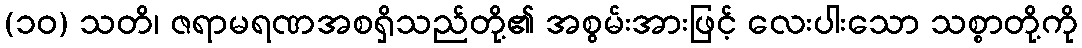
(၁၀) သတိ၊ ဇရာမရဏအစရှိသည်တို့၏ အစွမ်းအားဖြင့် လေးပါးသော သစ္စာတို့ကို